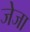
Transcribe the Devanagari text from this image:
जेजा